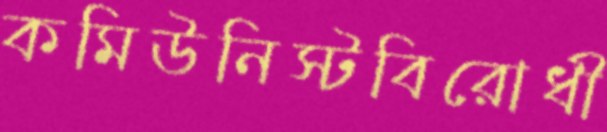
কমিউনিস্টবিরোধী